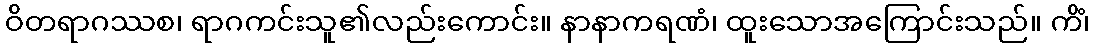
ဝိတရာဂဿစ၊ ရာဂကင်းသူ၏လည်းကောင်း။ နာနာကရဏံ၊ ထူးသောအကြောင်းသည်။ ကိံ၊